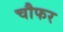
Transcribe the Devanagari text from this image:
चौफर